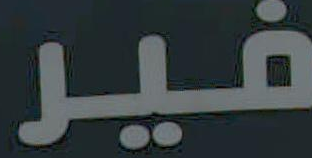
فير